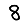
Digit: 8